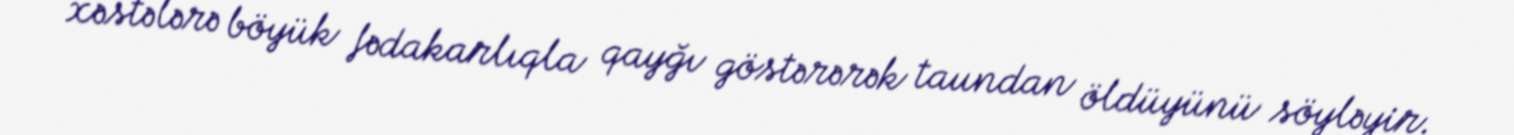
xəstələrə böyük fədakarlıqla qayğı göstərərək taundan öldüyünü söyləyir.